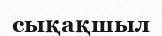
сықақшыл